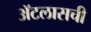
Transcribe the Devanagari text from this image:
ॲटलासची